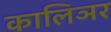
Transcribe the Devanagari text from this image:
कालिञर